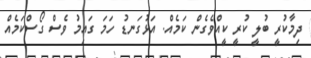
ދިމާކުރީ ބުލީ ކުރީ ކީއްވެގެން ކަމެއް. އަޅުގަނޑު ހަމަ ގައިމު ވެސް ގޯސްކަމެއް